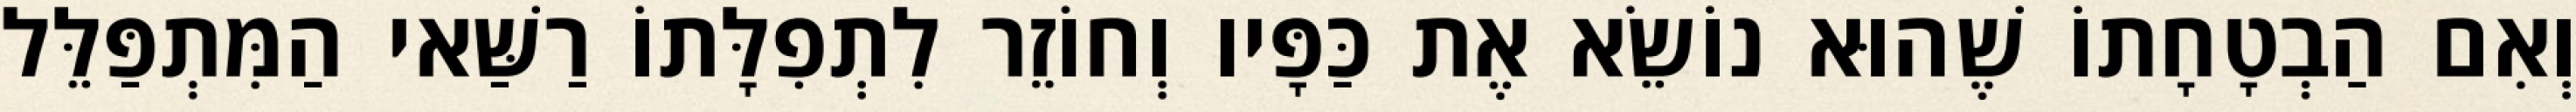
וְאִם הַבְטָחָתוֹ שֶׁהוּא נוֹשֵׂא אֶת כַּפָּיו וְחוֹזֵר לִתְפִלָּתוֹ רַשַּׁאי הַמִּתְפַּלֵּל